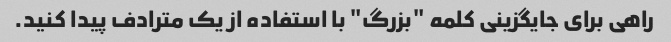
راهی برای جایگزینی کلمه "بزرگ" با استفاده از یک مترادف پیدا کنید.